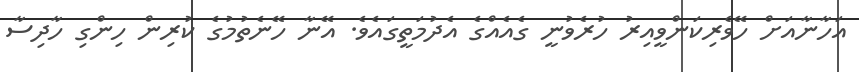
އަހާނާއަށް ހޭވެރިކަންވީއިރު ހުރެވުނީ ގެއެއްގެ އެދުމަތީގައެވެ. އޭނާ ހޭނެތުމުގެ ކުރިން ހިންގިި ހާދިސާ